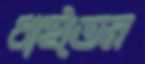
ধাইতেন